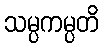
သမ္ပကမ္ပတိ